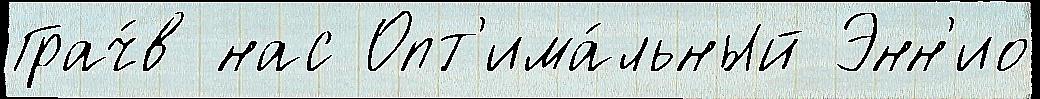
Грач́в нас Опт'има́льный Энн'ио